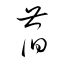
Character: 萏